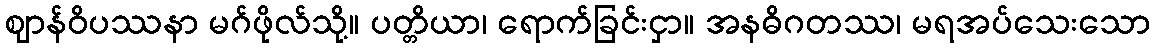
ဈာန်ဝိပဿနာ မဂ်ဖိုလ်သို့။ ပတ္တိယာ၊ ရောက်ခြင်းငှာ။ အနဓိဂတဿ၊ မရအပ်သေးသော